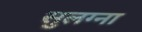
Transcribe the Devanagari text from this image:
सुलग्ना